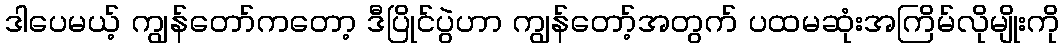
ဒါပေမယ့် ကျွန်တော်ကတော့ ဒီပြိုင်ပွဲဟာ ကျွန်တော့်အတွက် ပထမဆုံးအကြိမ်လိုမျိုးကို